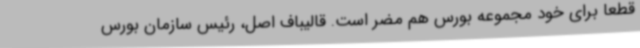
قطعاً برای خود مجموعه بورس هم مضر است. قالیباف اصل، رئیس سازمان بورس